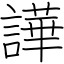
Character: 譁